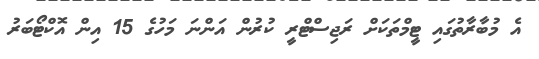
އެ މުބާރާތުގައި ޓީމްތަކަށް ރަޖިސްޓްރީ ކުރުން އަންނަ މަހުގެ 15 އިން އޮކްޓޯބަރު